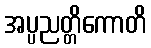
အပ္ပညတ္တိကောတိ